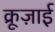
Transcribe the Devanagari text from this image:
क्रूज़ाई